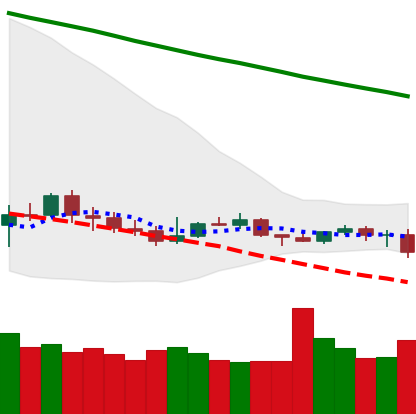
Ticker: ETC-USD
Chart end date: 2019-12-16
Forward return: 10.888%
Label: up_7plus